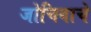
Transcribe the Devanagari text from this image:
जोचिबाचे